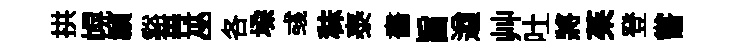
拱幌禎谿再巫各垜彧秣泰畵旨遒艸吐將茱登嘗